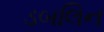
ડબલિન